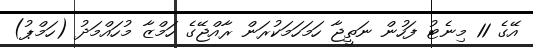
އޭގެ 11 މިނެޓު ފަހުން ނަތީޖާ ހަމަހަމަކުރަން ރާއްޖޭގެ ހަމްޒާ މުހައްމަދު (ހަމްޕު)